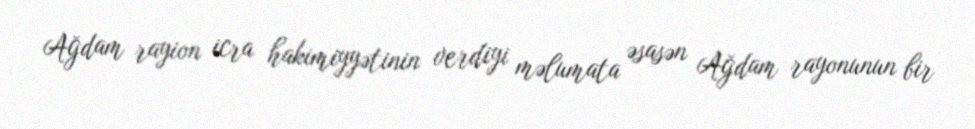
Ağdam rayion icra hakimiyyətinin verdiyi məlumata əsasən Ağdam rayonunun bir